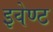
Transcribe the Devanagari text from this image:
इवेण्ट